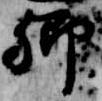
卿